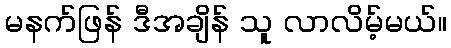
မနက်ဖြန် ဒီအချိန် သူ လာလိမ့်မယ်။